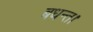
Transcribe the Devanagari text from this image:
बधन्त।